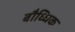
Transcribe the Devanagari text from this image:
बौध्धिक